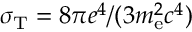
\sigma _ { \mathrm { T } } = 8 \pi e ^ { 4 } / ( 3 m _ { \mathrm { e } } ^ { 2 } c ^ { 4 } )